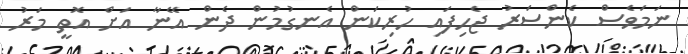
ނަމަވެސް ކެންސަރު ޖެހިފައި ހުރިކަން އެނގުމުން ދެން އޭނާ އަށް އޮތީ މަރު